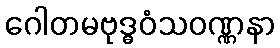
ဂေါတမဗုဒ္ဓဝံသဝဏ္ဏနာ